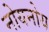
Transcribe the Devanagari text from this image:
नोयनोय